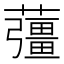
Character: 䕬